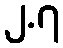
၂.၇